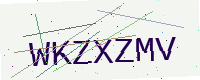
Text: WKZXZMV